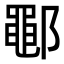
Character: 鄳